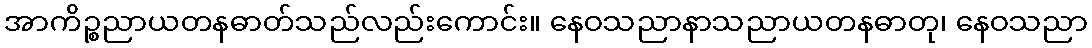
အာကိဉ္စညာယတနဓာတ်သည်လည်းကောင်း။ နေဝသညာနာသညာယတနဓာတု၊ နေဝသညာ